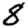
Digit: 8